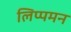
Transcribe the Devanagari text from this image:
लिप्पमन